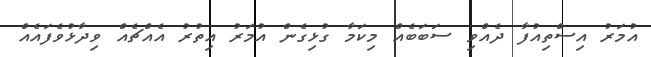
އުމަރު އިސްތިއުފާ ދެއްވި ސަބަބެއް މިކަމާ ގުޅިގެން އުމަރު އިތުރު އެއްޗެއް ވިދާޅުވެފައެއް